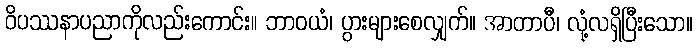
ဝိပဿနာပညာကိုလည်းကောင်း။ ဘာဝယံ၊ ပွားများစေလျှက်။ အာတာပီ၊ လုံ့လရှိပြီးသော။